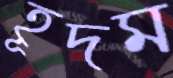
হূদম